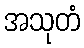
အသုတံ